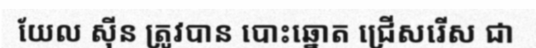
យែល ស៊ីន ត្រូវបាន បោះឆ្នោត ជ្រើសរើស ជា